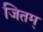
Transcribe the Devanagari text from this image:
जितम्